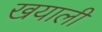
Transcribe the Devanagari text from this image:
खयाली